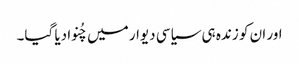
اور ان کو زندہ ہی سیاسی دیوار میں چُنوادیا گیا۔